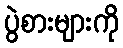
ပွဲစားများကို